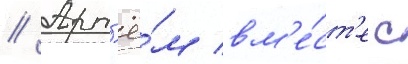
// Арт'ё́м вм'е́ст'е с